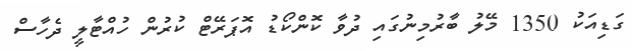
ގަޑިއަކު 1350 މޭލު ބާރުމިނުގައި ދުވާ ކޮންކޯޑު އޮޕަރޭޓް ކުރުން ހުއްޓާލީ ދެހާސް